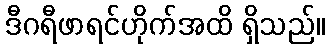
ဒီဂရီဖာရင်ဟိုက်အထိ ရှိသည်။